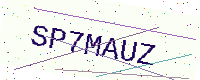
Text: SP7MAUZ